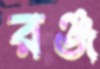
রঞ্জ